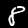
Label: 8